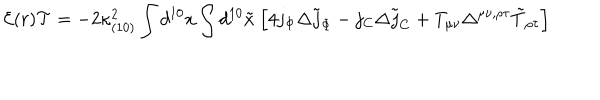
{ \cal E } ( r ) { \cal T } = - 2 \kappa _ { ( 1 0 ) } ^ { 2 } \int d ^ { 1 0 } x \int d ^ { 1 0 } { \tilde { x } } \ \Bigl [ 4 j _ { \Phi } \Delta { \tilde { j } _ { \Phi } } - j _ { C } \Delta { \tilde { j } _ { C } } + T _ { \mu \nu } \Delta ^ { \mu \nu , \rho \tau } { \tilde { T } } _ { \rho \tau } \Bigr ]